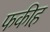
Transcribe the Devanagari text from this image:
फकीह